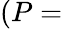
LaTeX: (P=